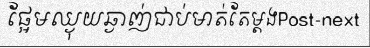
ផ្អែមឈ្ងុយឆ្ងាញ់ជាប់មាត់តែម្តងPost-next